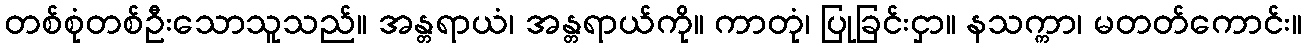
တစ်စုံတစ်ဦးသောသူသည်။ အန္တရာယံ၊ အန္တရာယ်ကို။ ကာတုံ၊ ပြုခြင်းငှာ။ နသက္ကာ၊ မတတ်ကောင်း။